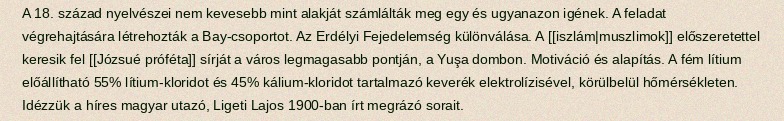
A 18. század nyelvészei nem kevesebb mint alakját számlálták meg egy és ugyanazon igének. A feladat végrehajtására létrehozták a Bay-csoportot. Az Erdélyi Fejedelemség különválása. A [[iszlám|muszlimok]] előszeretettel keresik fel [[Józsué próféta]] sírját a város legmagasabb pontján, a Yuşa dombon. Motiváció és alapítás. A fém lítium előállítható 55% lítium-kloridot és 45% kálium-kloridot tartalmazó keverék elektrolízisével, körülbelül hőmérsékleten. Idézzük a híres magyar utazó, Ligeti Lajos 1900-ban írt megrázó sorait.